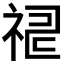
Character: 𥙸